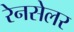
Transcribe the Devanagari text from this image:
रेनसेलर